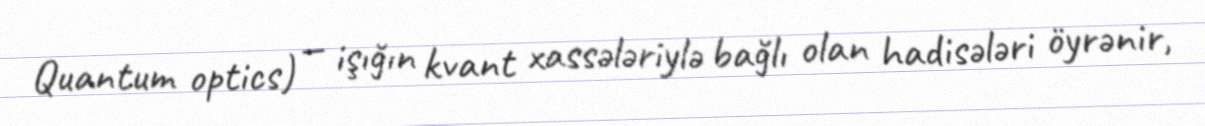
Quantum optics) — işığın kvant xassələriylə bağlı olan hadisələri öyrənir,